Scottish Leaving Certificate Examination, 1961
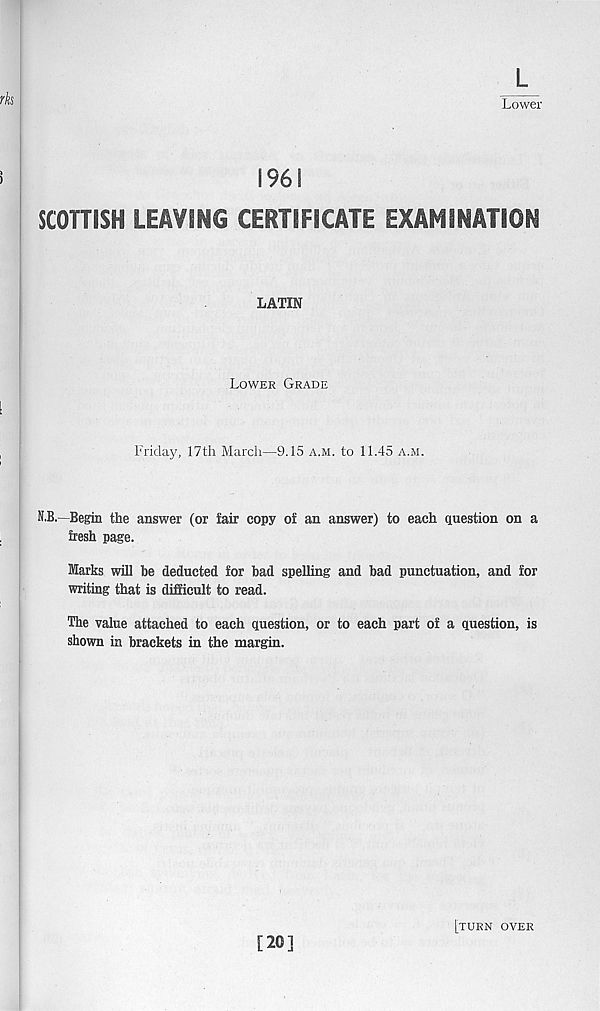
L
Lower
196!
SCOTTISH LEAVING CERTIFICATE EXAMINATION
LATIN
Lower Grade
Friday, 17th March—9.15 a.m. to 11.45 a.m.
N.B.—Begin the answer (or lair copy of an answer) to each question on a
fresh page.
Marks will be deducted for bad spelling and bad punctuation, and for
writing that is difficult to read.
The value attached to each question, or to each part of a question, is
shown in brackets in the margin.
[20]
[turn over